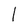
Character: I